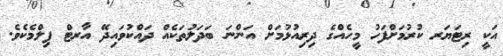
އަކީ ރިޓަޔަރ ކުރުމަށްފަހު މީހެއްގެ ދިރިއުޅުމަށް އަންނަ ބަދަލުތަކެއް ދައްކުވައިދޭ އާރޓް ފިލްމެކެވެ.